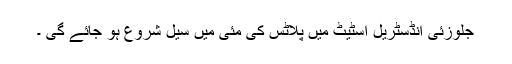
جلوزئی انڈسٹریل اسٹیٹ میں پلاٹس کی مئی میں سیل شروع ہو جائے گی ۔